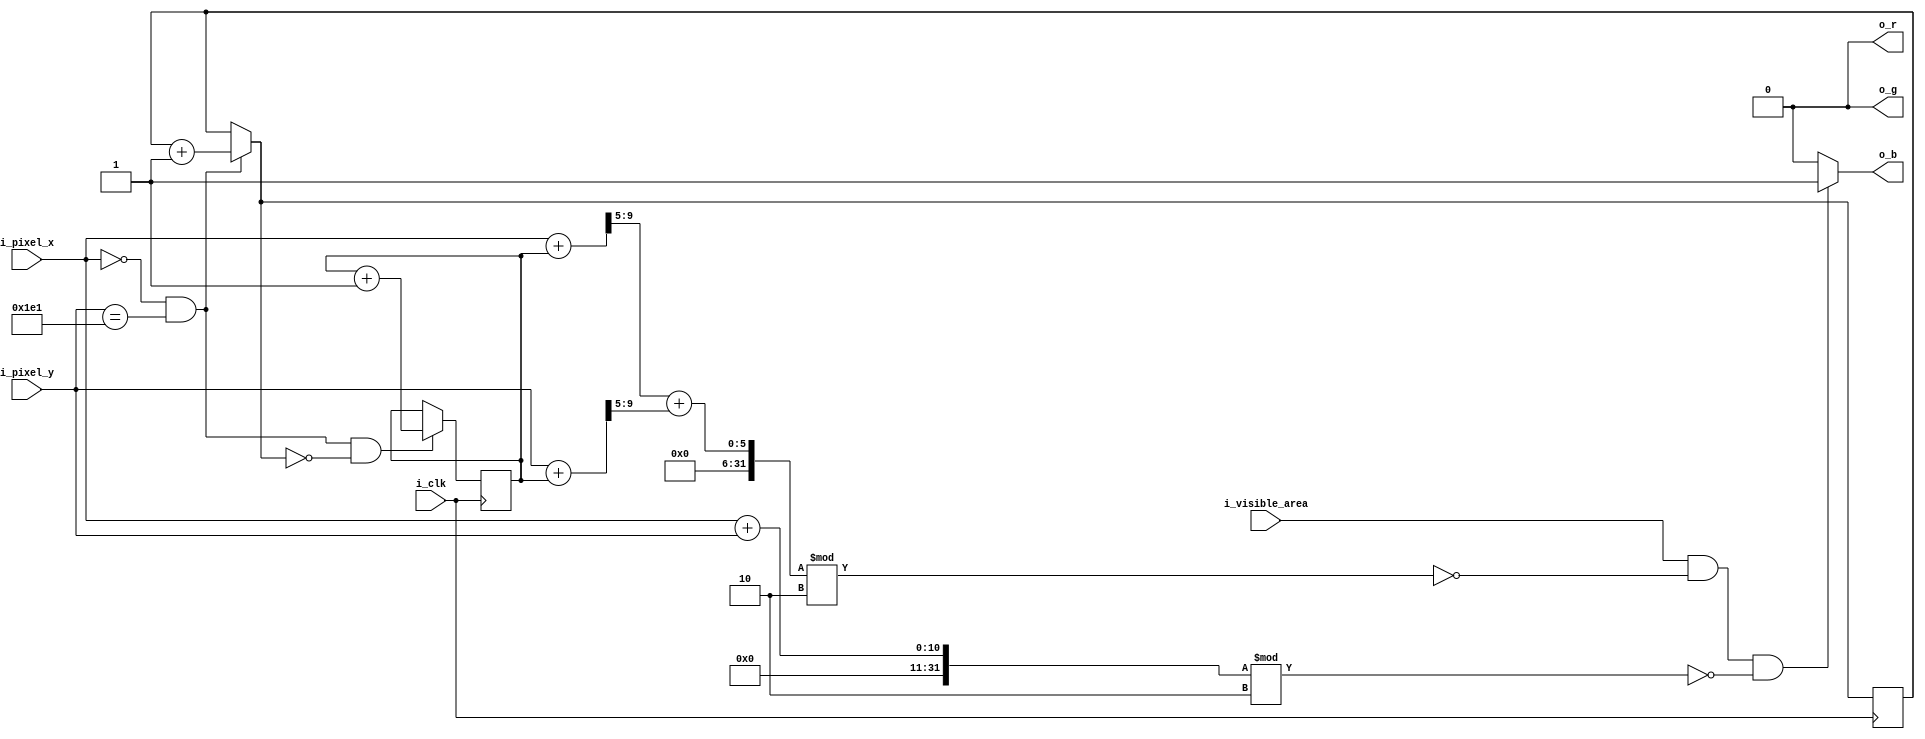
module Pattern(input i_clk,
	             input [9:0] i_pixel_x,
               input [9:0] i_pixel_y,
               input i_visible_area,
               output reg o_r,
               output reg o_g,
               output reg o_b
);

reg [9:0] pixel_offseted_x;
reg [9:0] pixel_offseted_y;
reg [9:0] pixel_offseted_x_next;
reg [9:0] pixel_offseted_y_next;
reg [6:0] offset;
reg [6:0] offset_next;
reg [1:0] counter_next;
reg [1:0] counter;

always @(posedge i_clk)
begin
  // pixel_offseted_x <= pixel_offseted_x_next;
  // pixel_offseted_y <= pixel_offseted_y_next;
  offset <= offset_next;
  counter <= counter_next;
end

assign frame_tick = (i_pixel_x == 0) && (i_pixel_y == 481);

always @*
begin
  // pixel_offseted_x_next = i_pixel_x + offset;
  // pixel_offseted_y_next = i_pixel_y + offset;

  offset_next = (frame_tick && counter_next == 0 ) ? offset + 1 : offset;
  counter_next = frame_tick ? counter + 1 : counter;
end

// assign pixel_offseted_x_next = i_pixel_x + offset;
// assign pixel_offseted_y_next = i_pixel_y + offset;

always @(i_pixel_x, i_pixel_y, i_visible_area, pixel_offseted_x, pixel_offseted_y)
begin
//   if ((i_pixel_x == 0) && (i_pixel_y == 481))
//     offset <= offset + 1;

  pixel_offseted_x <= i_pixel_x + offset;
  pixel_offseted_y <= i_pixel_y + offset;

//  if (i_visible_area && (i_pixel_x[9:5] + i_pixel_y[9:5]) % 2 == 0 && (i_pixel_x+ i_pixel_y) % 2 == 0)
  if (i_visible_area && (pixel_offseted_x[9:5] + pixel_offseted_y[9:5]) % 2 == 0 && (i_pixel_x + i_pixel_y) % 2 == 0)  
  begin
       o_r <= 0;
       o_g <= 0;
       o_b <= 1;
  end
  else
  begin
      o_r <= 0;
      o_g <= 0;
      o_b <= 0;
  end
end

endmodule